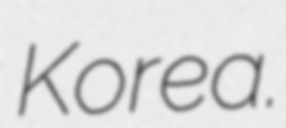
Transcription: Korea.